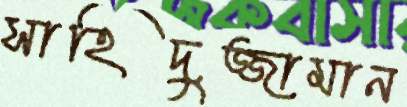
সাহিদুজ্জামান